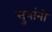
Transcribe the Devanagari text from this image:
सुत्रांनी